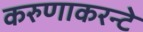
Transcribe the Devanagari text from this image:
करुणाकरन्टे